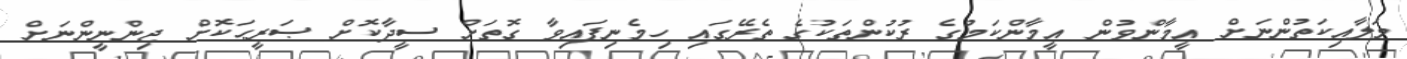
މަލާއިކަތުންނަށް އީމާންވުން އީމާންކަމުގެ ރުކުންތަކުގެ ތެރޭގައި ހިމެނިފައިވާ ގޮތަށް ސީދާކޮށް ޞަރީޙަކޮށް ޖިންނީންނަށް